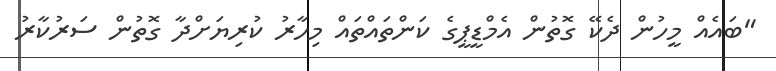
"ބައެއް މީހުން ދެކޭ ގޮތުން އެމްޑީޕީގެ ކަންތައްތައް މިހާރު ކުރިޔަށްދާ ގޮތުން ސަރުކާރު